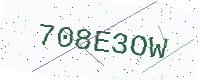
Text: 708E3OW